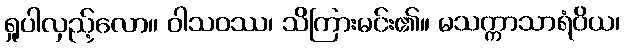
ရှုပါလှည့်လော။ ဝါသဝဿ၊ သိကြားမင်း၏။ မသက္ကာသာရံဝိယ၊